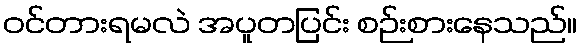
ဝင်တားရမလဲ အပူတပြင်း စဉ်းစားနေသည်။